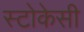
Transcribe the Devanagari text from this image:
स्टोकेसी